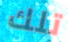
تلك